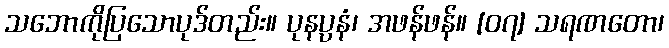
သဘောကိုပြသောပုဒ်တည်း။ ပုနပ္ပနံ၊ အဖန်ဖန်။ [၀၇] သရဏတော၊